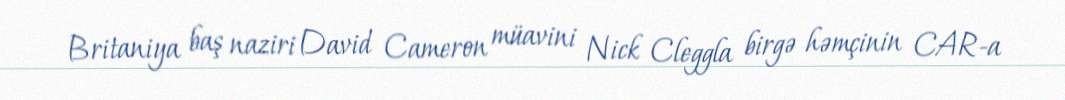
Britaniya baş naziri David Cameron müavini Nick Cleggla birgə həmçinin CAR-a